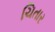
ચિતાર